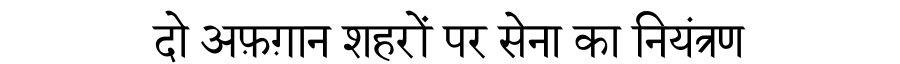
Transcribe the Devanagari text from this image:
दो अफ़ग़ान शहरों पर सेना का नियंत्रण